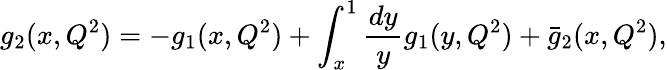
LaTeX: g_{2}(x,Q^{2})=-g_{1}(x,Q^{2})+\int_{x}^{1}{\frac{dy}{y}}g_{1}(y,Q^{2})+\bar{g}_{2}(x,Q^{2}),